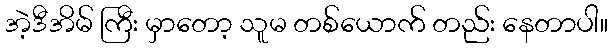
အဲ့ဒီအိမ် ကြီး မှာတော့ သူမ တစ်ယောက် တည်း နေတာပါ။